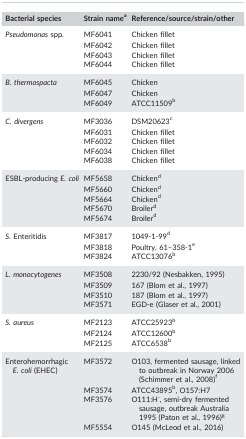
| Bacterial species | Strain namea | Reference/source/strain/other |
 | --- | --- | --- |
 | Pseudomonas spp. | MF6041 | Chicken fillet |
 |  | MF6042 | Chicken fillet |
 |  | MF6043 | Chicken fillet |
 |  | MF6044 | Chicken fillet |
 | B. thermospacta | MF6045 | Chicken |
 |  | MF6047 | Chicken |
 |  | MF6049 | ATCC11509b |
 | C. divergens | MF3036 | DSM20623c |
 |  | MF6031 | Chicken fillet |
 |  | MF6032 | Chicken fillet |
 |  | MF6034 | Chicken fillet |
 |  | MF6038 | Chicken fillet |
 | ESBL‐producing E. coli | MF5658 | Chickend |
 |  | MF5660 | Chickend |
 |  | MF5664 | Chickend |
 |  | MF5670 | Broilerd |
 |  | MF5674 | Broilerd |
 | S. Enteritidis | MF3817 | 1049‐1‐99d |
 |  | MF3818 | Poultry, 61–358‐1e |
 |  | MF3824 | ATCC13076b |
 | L. monocytogenes | MF3508 | 2230/92 (Nesbakken, 1995) |
 |  | MF3509 | 167 (Blom et al., 1997) |
 |  | MF3510 | 187 (Blom et al., 1997) |
 |  | MF3571 | EGD‐e (Glaser et al., 2001) |
 | S. aureus | MF2123 | ATCC25923b |
 |  | MF2124 | ATCC12600b |
 |  | MF2125 | ATCC6538b |
 | Enterohemorrhagic E. coli (EHEC) | MF3572 | O103, fermented sausage, linked to outbreak in Norway 2006 (Schimmer et al., 2008)f |
 |  | MF3574 | ATCC43895b, O157:H7 |
 |  | MF3576 | O111:H‐, semi‐dry fermented sausage, outbreak Australia 1995 (Paton et al., 1996)g |
 |  | MF5554 | O145 (McLeod et al., 2016) |